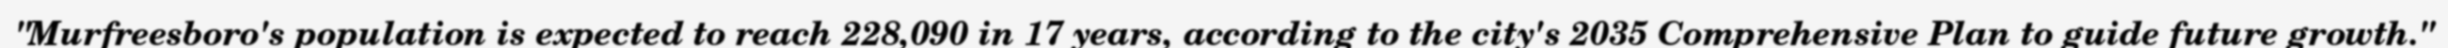
"Murfreesboro's population is expected to reach 228,090 in 17 years, according to the city's 2035 Comprehensive Plan to guide future growth."